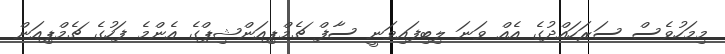
މިމަހުވެސް ސަރަހައްދުގެ އެއް ވަނަ ލިބިފައިވަނީ ސާފް ޗެމްޕިއަންޝިޕްގެ އެންމެ ފަހުގެ ޗެމްޕިއަން